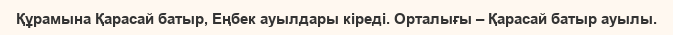
Құрамына Қарасай батыр, Еңбек ауылдары кіреді. Орталығы – Қарасай батыр ауылы.